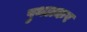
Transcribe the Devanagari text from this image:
पुथलकर